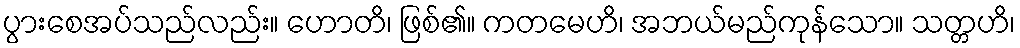
ပွားစေအပ်သည်လည်း။ ဟောတိ၊ ဖြစ်၏။ ကတမေဟိ၊ အဘယ်မည်ကုန်သော။ သတ္တဟိ၊